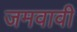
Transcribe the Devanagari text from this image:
जमवावी